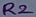
Text: R2